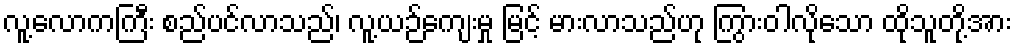
လူ့လောကကြီး စည်ပင်လာသည်၊ လူ့ယဉ်ကျေးမှု မြင့် မားလာသည်ဟု ကြွားဝါလိုသော ထိုသူတို့အား